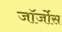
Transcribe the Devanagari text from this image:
जॉर्जोस